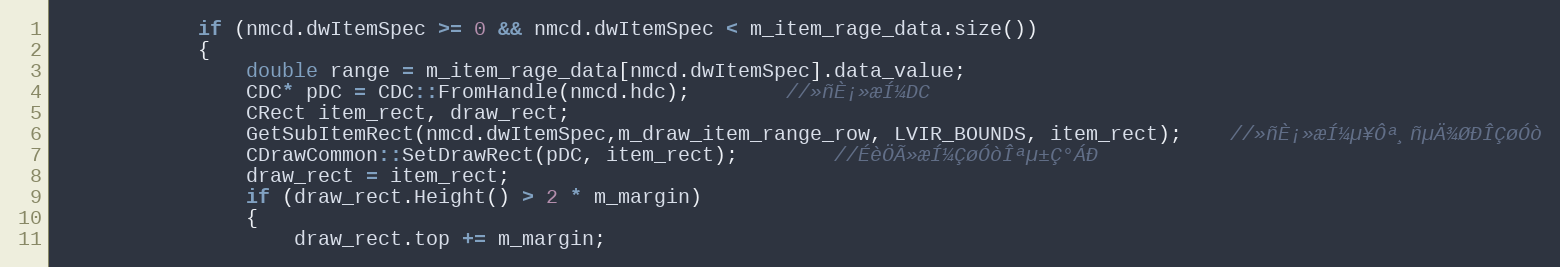
Language: C++
			if (nmcd.dwItemSpec >= 0 && nmcd.dwItemSpec < m_item_rage_data.size())
			{
				double range = m_item_rage_data[nmcd.dwItemSpec].data_value;
				CDC* pDC = CDC::FromHandle(nmcd.hdc);		//»ñÈ¡»æÍ¼DC
				CRect item_rect, draw_rect;
				GetSubItemRect(nmcd.dwItemSpec,m_draw_item_range_row, LVIR_BOUNDS, item_rect);	//»ñÈ¡»æÍ¼µ¥Ôª¸ñµÄ¾ØÐÎÇøÓò
				CDrawCommon::SetDrawRect(pDC, item_rect);		//ÉèÖÃ»æÍ¼ÇøÓòÎªµ±Ç°ÁÐ
				draw_rect = item_rect;
				if (draw_rect.Height() > 2 * m_margin)
				{
					draw_rect.top += m_margin;